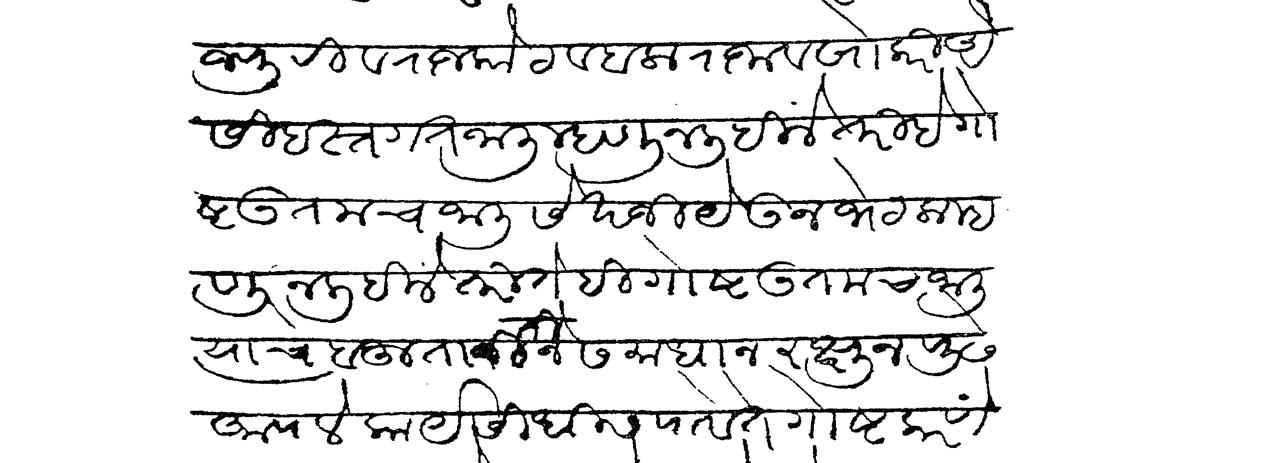
Transliteration (Devanagari): राजपूरी व राजकोट व वलाराजा व खोकरी ऐशी हस्तगत जाली म्हणून लिहिलें तरी हे गोष्ट उत्तमच जाली सेखजी येऊन भेटला म्हणून लिहिलें तरी ते गोष्ट उत्तमच जाली त्याचें बहुता रीतीनें समाधान रक्षून पुढें आपलें कार्य सिद्धीस पावें ते गोष्ट करणें